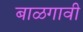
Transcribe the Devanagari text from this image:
बाळगावी